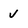
Character: v